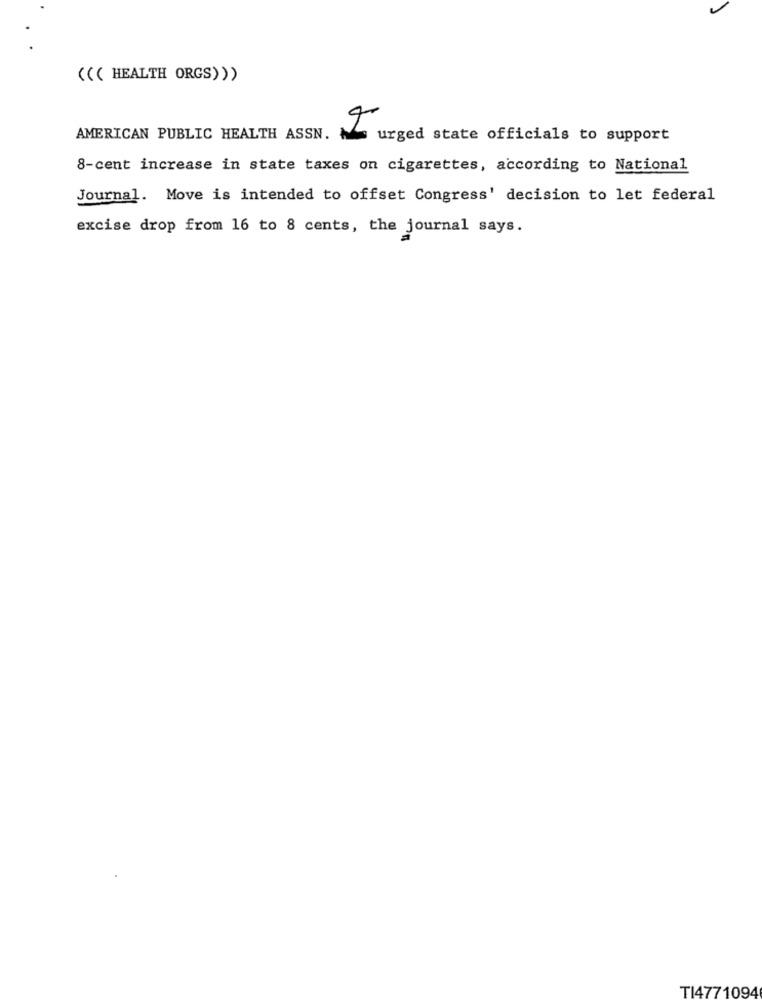
((( HEALTH ORGS)))
AMERICAN PUBLIC HEALTH ASSN.
urged state officials to support
8-cent increase in state taxes on cigarettes, according to National
Journal. Move is intended to offset Congress' decision to let federal
excise drop from 16 to 8 cents, the journal says.
TI4771094